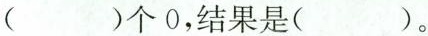
( ) 个 0，结果是( )。